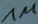
Text: 1M